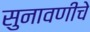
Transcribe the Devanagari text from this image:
सुनावणीचे